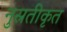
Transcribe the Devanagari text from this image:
नुस्रतीकृत